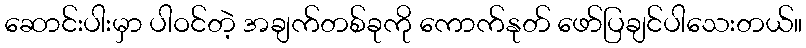
ဆောင်းပါးမှာ ပါဝင်တဲ့ အချက်တစ်ခုကို ကောက်နုတ် ဖော်ပြချင်ပါသေးတယ်။